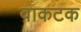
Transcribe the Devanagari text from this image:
वाकटक